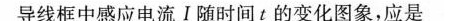
导线框中感应电流Ⅰ随时间t的变化图象，应是